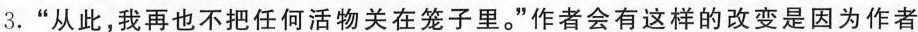
3.”从此，我再也不把任何活物关在笼子里。”作者会有这样的改变是因为作者